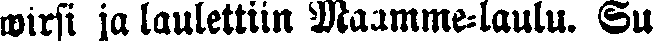
wirsi ja laulettiin Maamme-laulu. Su